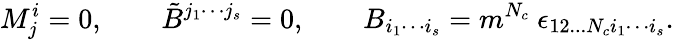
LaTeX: M_{j}^{i}=0,\qquad\tilde{B}^{j_{1}\cdots j_{s}}=0,\qquad B_{i_{1}\cdots i_{s}}=m^{N_{c}}\ \epsilon_{12...N_{c}i_{1}\cdots i_{s}}.